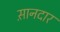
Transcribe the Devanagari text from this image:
स़ानदार